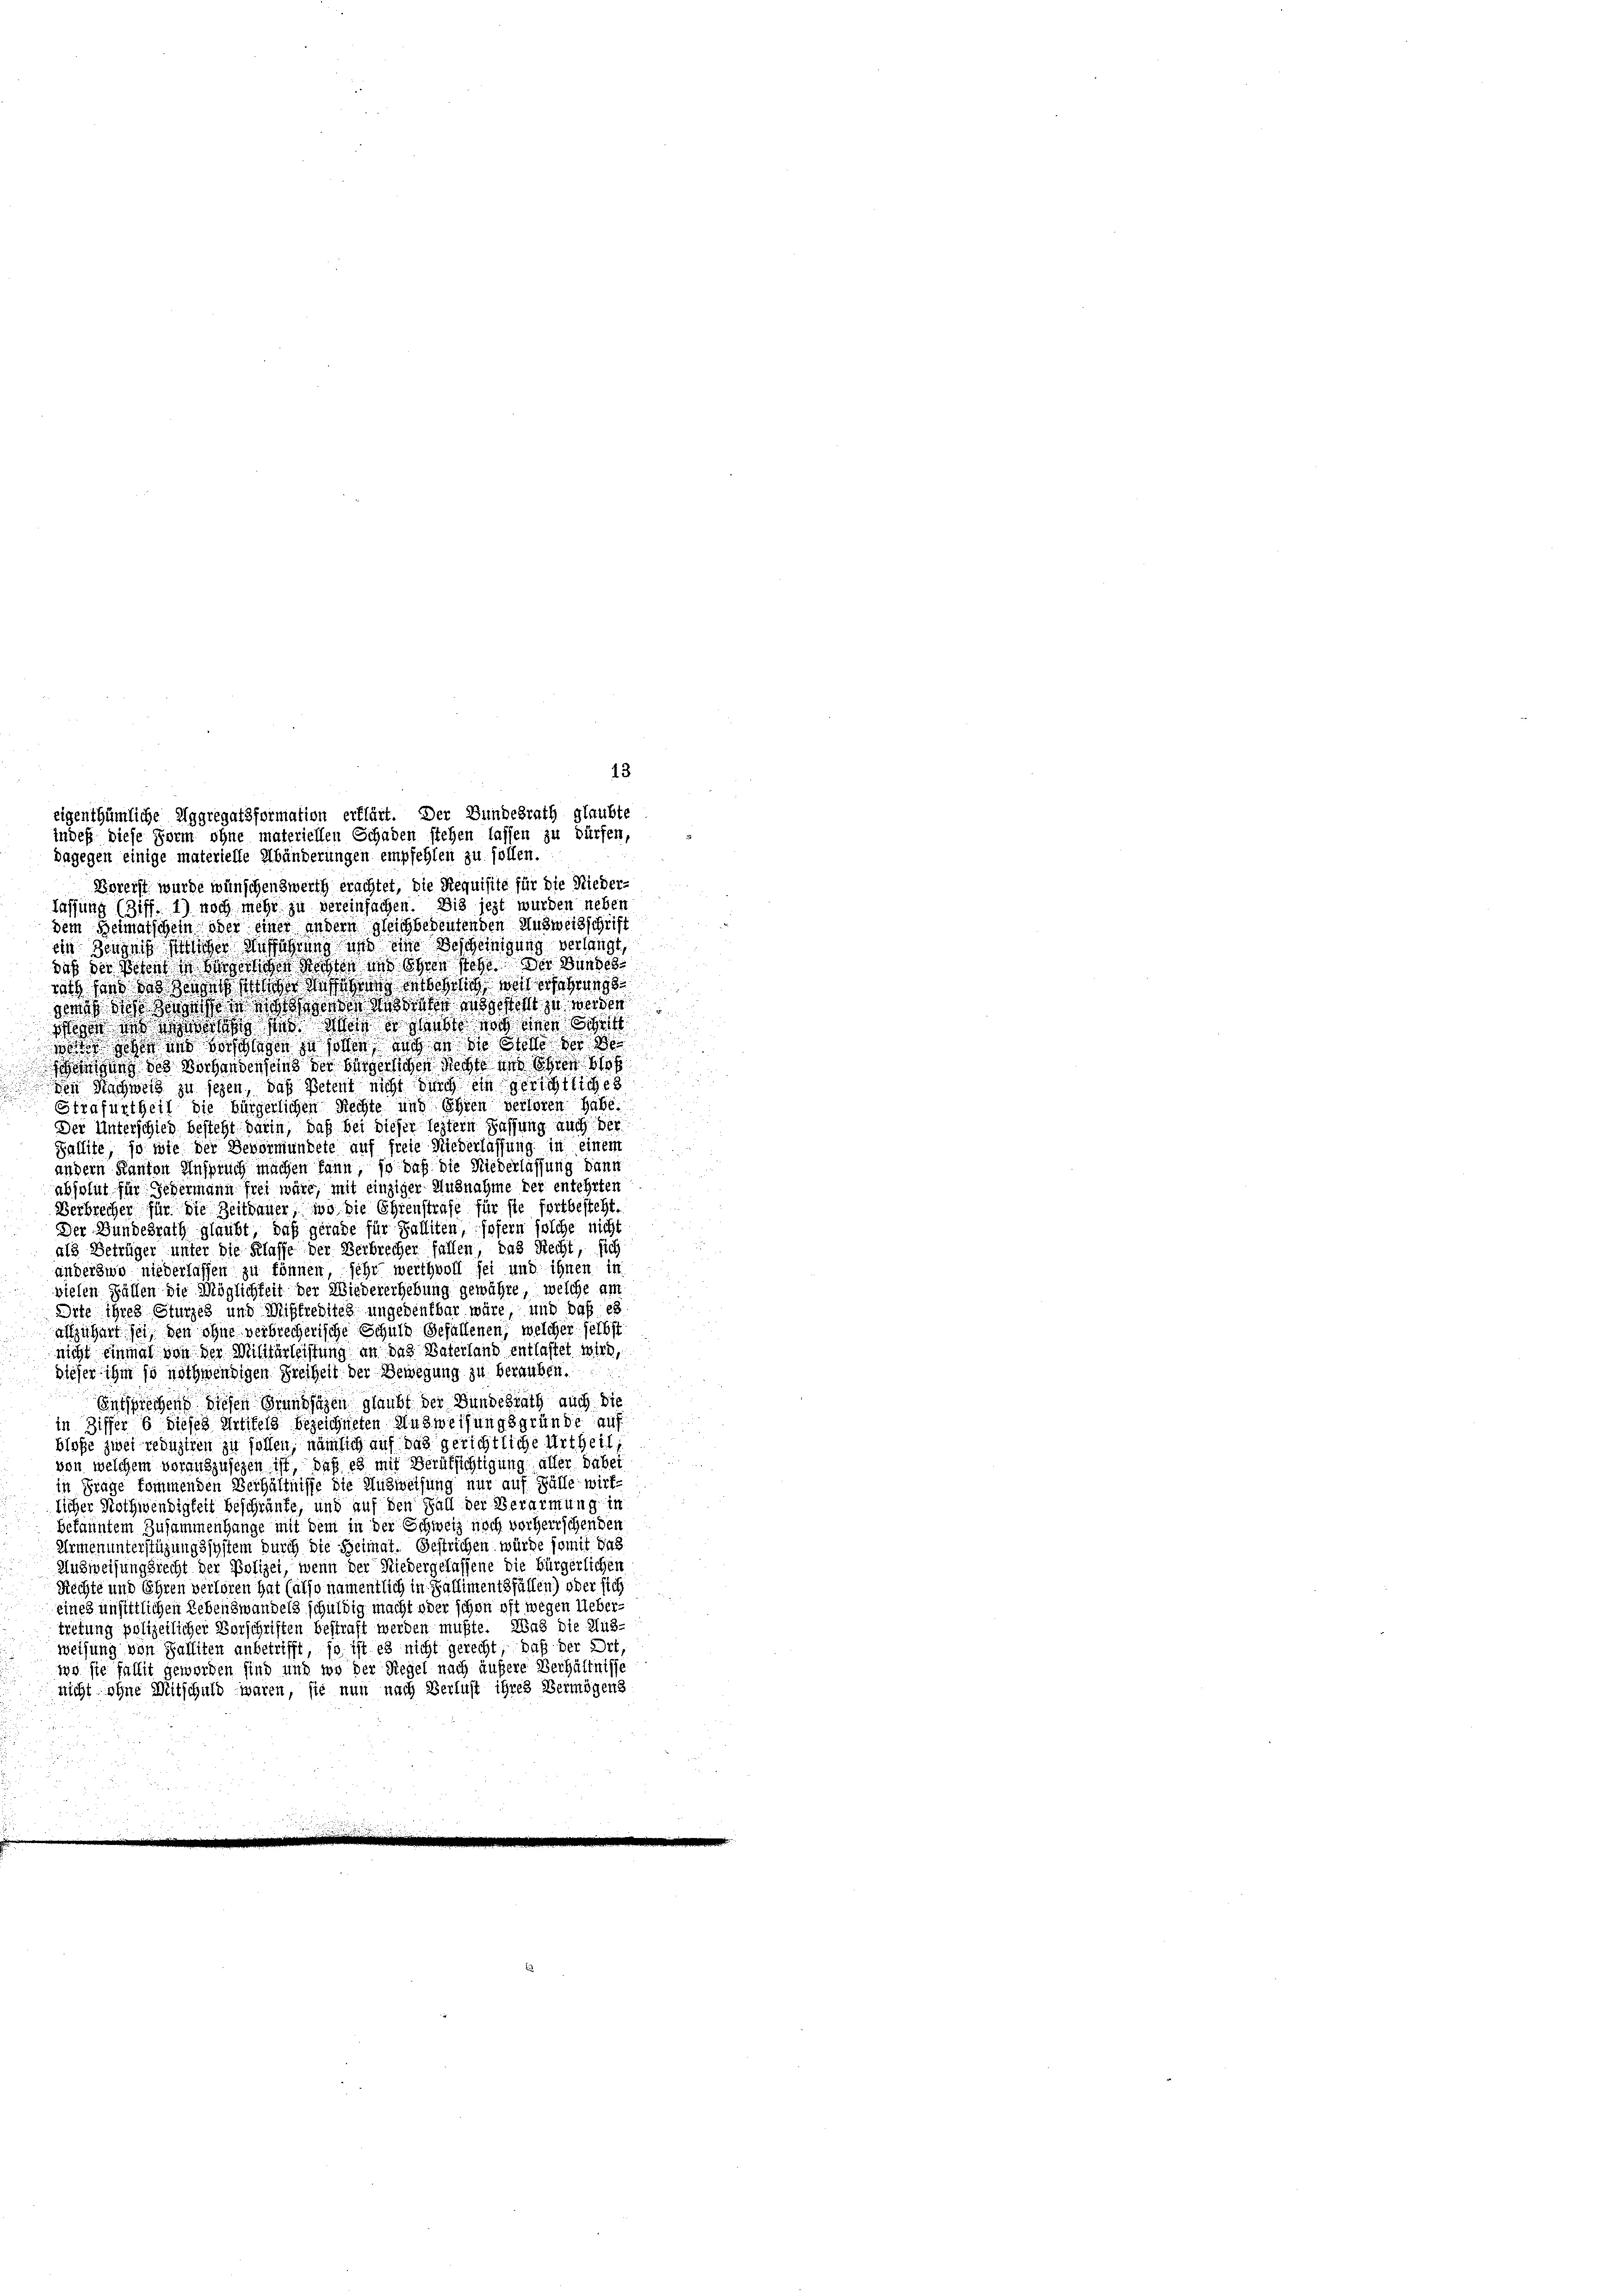
ein Zeugnis sittlicher Aufführung und eine Bescheinigung verlangt,
daß der Petent in hergerlichen Rechten und Ehren stehe der Bundes
rath sind des sich sie siche Ansehung entbehrlich weil erfahrungsgend dies hergesse in nichtessender Wassenten ausgestellt zu werden.
ögen und eine der sie und Altern es sub noch einen Schrift
worte schen und vorschlagen zu sollen auch in die Stelle der Be
igung des Vorhanden sein der bürgerlichen Rechte und Ehren blos
Den Nachweis zu sehen, daß Petent nicht durch ein gerichtliches
Strafurtheil die bürgerlichen Rechte und Ehren verloren habe.
Der Unterschied besteht darin, daß bei dieser leztern Passung auch der
Fallite, so wie der Bevormundete auf freie Niederlassung in einem
andern Kanton Anspruch machen kann, so daß die Niederlassung dann
absolut für Gedermann frei wäre, mit einziger Ausnahme der entehrten
Verbrecher für die Zeitdauer, wo die Ehrenstrafe für sie fortbesteht.
Der Bundesrath glaubt, daß gerade für Palliten, sofern solche nicht
a13 Betrüger unter die Klasse der Verbrecher fallen, das Recht, sich
anderswo niederlassen zu können, sehr werthvoll sei und ihnen in

vielen Fällen die Möglichkeit der Wiedererhebung gewähre, welche am
Dite ihres Sturzes und Mißfredites ungedenkbar wäre, und daß es
aufzuhart sei, den ohne verbrecherische Schuld gefallenen, welcher selbst
nicht einmal von der Militärleistung an das Vaterland entlastet wird,
dieser ihm so nothwendigen Freiheit der Bewegung zu berauben.
Entsprechens diesen Grundlagen glaubt der Bundesrath auch die
in Ziffer 6 dieses Artikels bezeichneten Ausweisungsgründe auf
blosse zwei reduziren zu sollen, nämlich auf das gerichtliche Urtheil,
von welchem vorauszusetzen ist, daß es mit Berüksichtigung aller dabei
in Frage kommenden Verhältnisse die Ausweisung nur auf Fülle wirk-
licher Nothwendigkeit beschränke, und auf den Fall der Verarmung in
bekanntem Zusammenhange mit dem in der Schweiz noch vorherrschenden
Armenunterstüzungssystem durch die Heimat. Gestrichen würde somit das
Ausweisungsrecht der Polizei, wenn der Niedergelassene die bürgerlichen
Rechte und Ehren verloren hat (also namentlich in Ballimentsfällen) oder sich
eines unsittlichen Lebenswandels schuldig macht oder schon oft wegen Uebertretung polizeilicher Vorschriften bestraft werden mußte. Was die Aus-
weisung von Falliten anbetrifft, so ist es nicht gerecht, daß der Ort,
wo sie fallit geworden sind und wo der Riegel nach äußere Verhältnisse
nicht ohne Mitschuld waren, sie nun nach Verlust ihres Vermögens

dagegen einige materielle Abänderungen empfehlen zu sollen.
Borerst wurde wünschenswerth erachtet, die Requisite für die Nieder-
lassung (Ziff. 1) noch mehr zu vereinfachen. Die jezt wurden neben
dem Heimatschein oder einer andern gleichbedeutenden Ausweisschrift

eigenthümliche Aggregatsformation erklärt. Der Bundesrath glaubte
indes diese Form ohne materiellen Schaden stehen lassen zu dürfen,

e